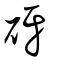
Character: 砑